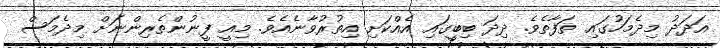
އަދަދު މިދެމަހުގައި ތަފާތެވެ. ދިދަ ބިބީގައި އެއްކަށި އިތުރުވާނެއެވެ. މިއީ ފީނުންތެރިންނަށް މިދެމަސް